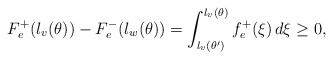
\begin{align*}F_e^+(\l_v(\theta))-F_e^-(\l_w(\theta))=\int_{\l_v(\theta')}^{\l_v(\theta)}f_e^+(\xi)\,d\xi\geq 0,\end{align*}